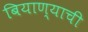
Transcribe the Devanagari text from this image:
बियाण्याची